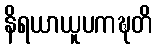
နိရယာယူပကဍ္ဎတိ